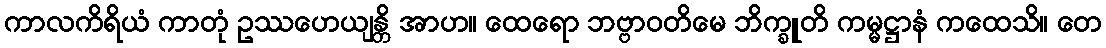
ကာလကိရိယံ ကာတုံ ဥဿဟေယျန္တိ အာဟ။ ထေရော ဘဗ္ဗာဝတိမေ ဘိက္ခူတိ ကမ္မဋ္ဌာနံ ကထေသိ။ တေ